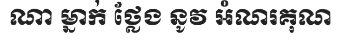
ណា ម្នាក់ ថ្លែង នូវ អំណរគុណ